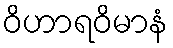
ဝိဟာရဝိမာနံ